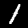
Label: 1